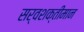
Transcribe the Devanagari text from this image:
सर्वशक्तीमान